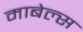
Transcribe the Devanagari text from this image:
माबेल्स